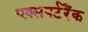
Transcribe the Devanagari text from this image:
एक्सपर्टरैंक